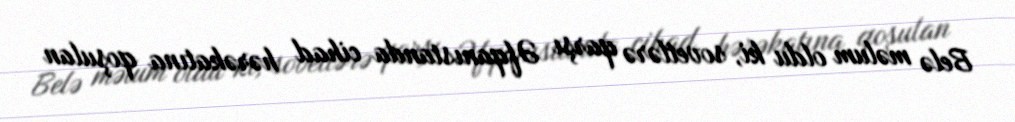
Belə məlum oldu ki, sovetlərə qarşı Əfqanıstanda cihad hərəkatına qoşulan